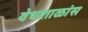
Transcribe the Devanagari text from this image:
वेधशाळांस